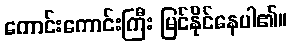
ကောင်းကောင်းကြီး မြင်နိုင်နေပါ၏။